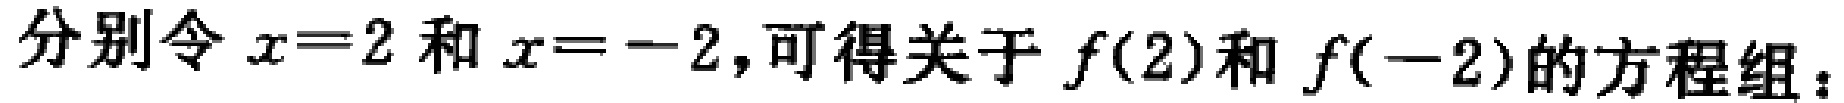
分别令\(x = 2\)和\(x = -2\)，可得关于\(f(2)\)和\(f(-2)\)的方程组：